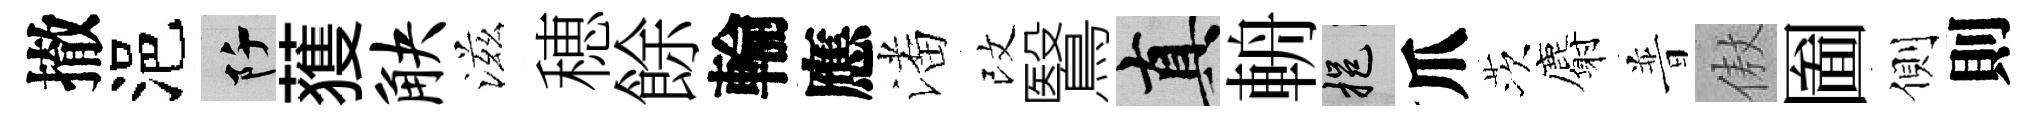
撤浥阡𫉬觖滋穂餘輪應潘改鷖真輈挹爪茨麝普傲圗側則